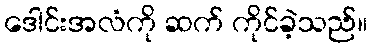
ဒေါင်းအလံကို ဆက် ကိုင်ခဲ့သည်။